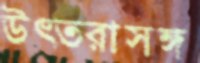
উত্তরাসঙ্গ